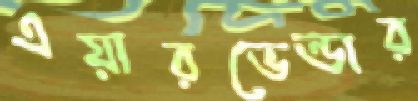
এয়ারভেন্ডার